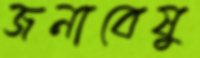
জনাবেষু